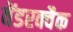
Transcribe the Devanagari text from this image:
वेंडरक्वैक